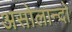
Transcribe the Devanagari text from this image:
असोलान्दो